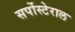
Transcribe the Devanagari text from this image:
सर्पोस्टेराल